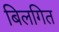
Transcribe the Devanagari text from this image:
बिलगित